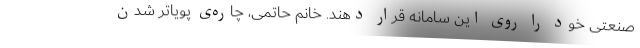
صنعتی خود را روی این سامانه قرار دهند. خانم حاتمی، چاره‌ی پویاتر شدن